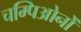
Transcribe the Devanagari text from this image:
चम्पिओनों